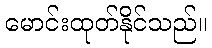
မောင်းထုတ်နိုင်သည်။